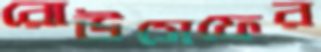
রোউসেফের